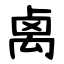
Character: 禼